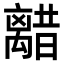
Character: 𫀥